Trukikaitis_Postimees, lk 46
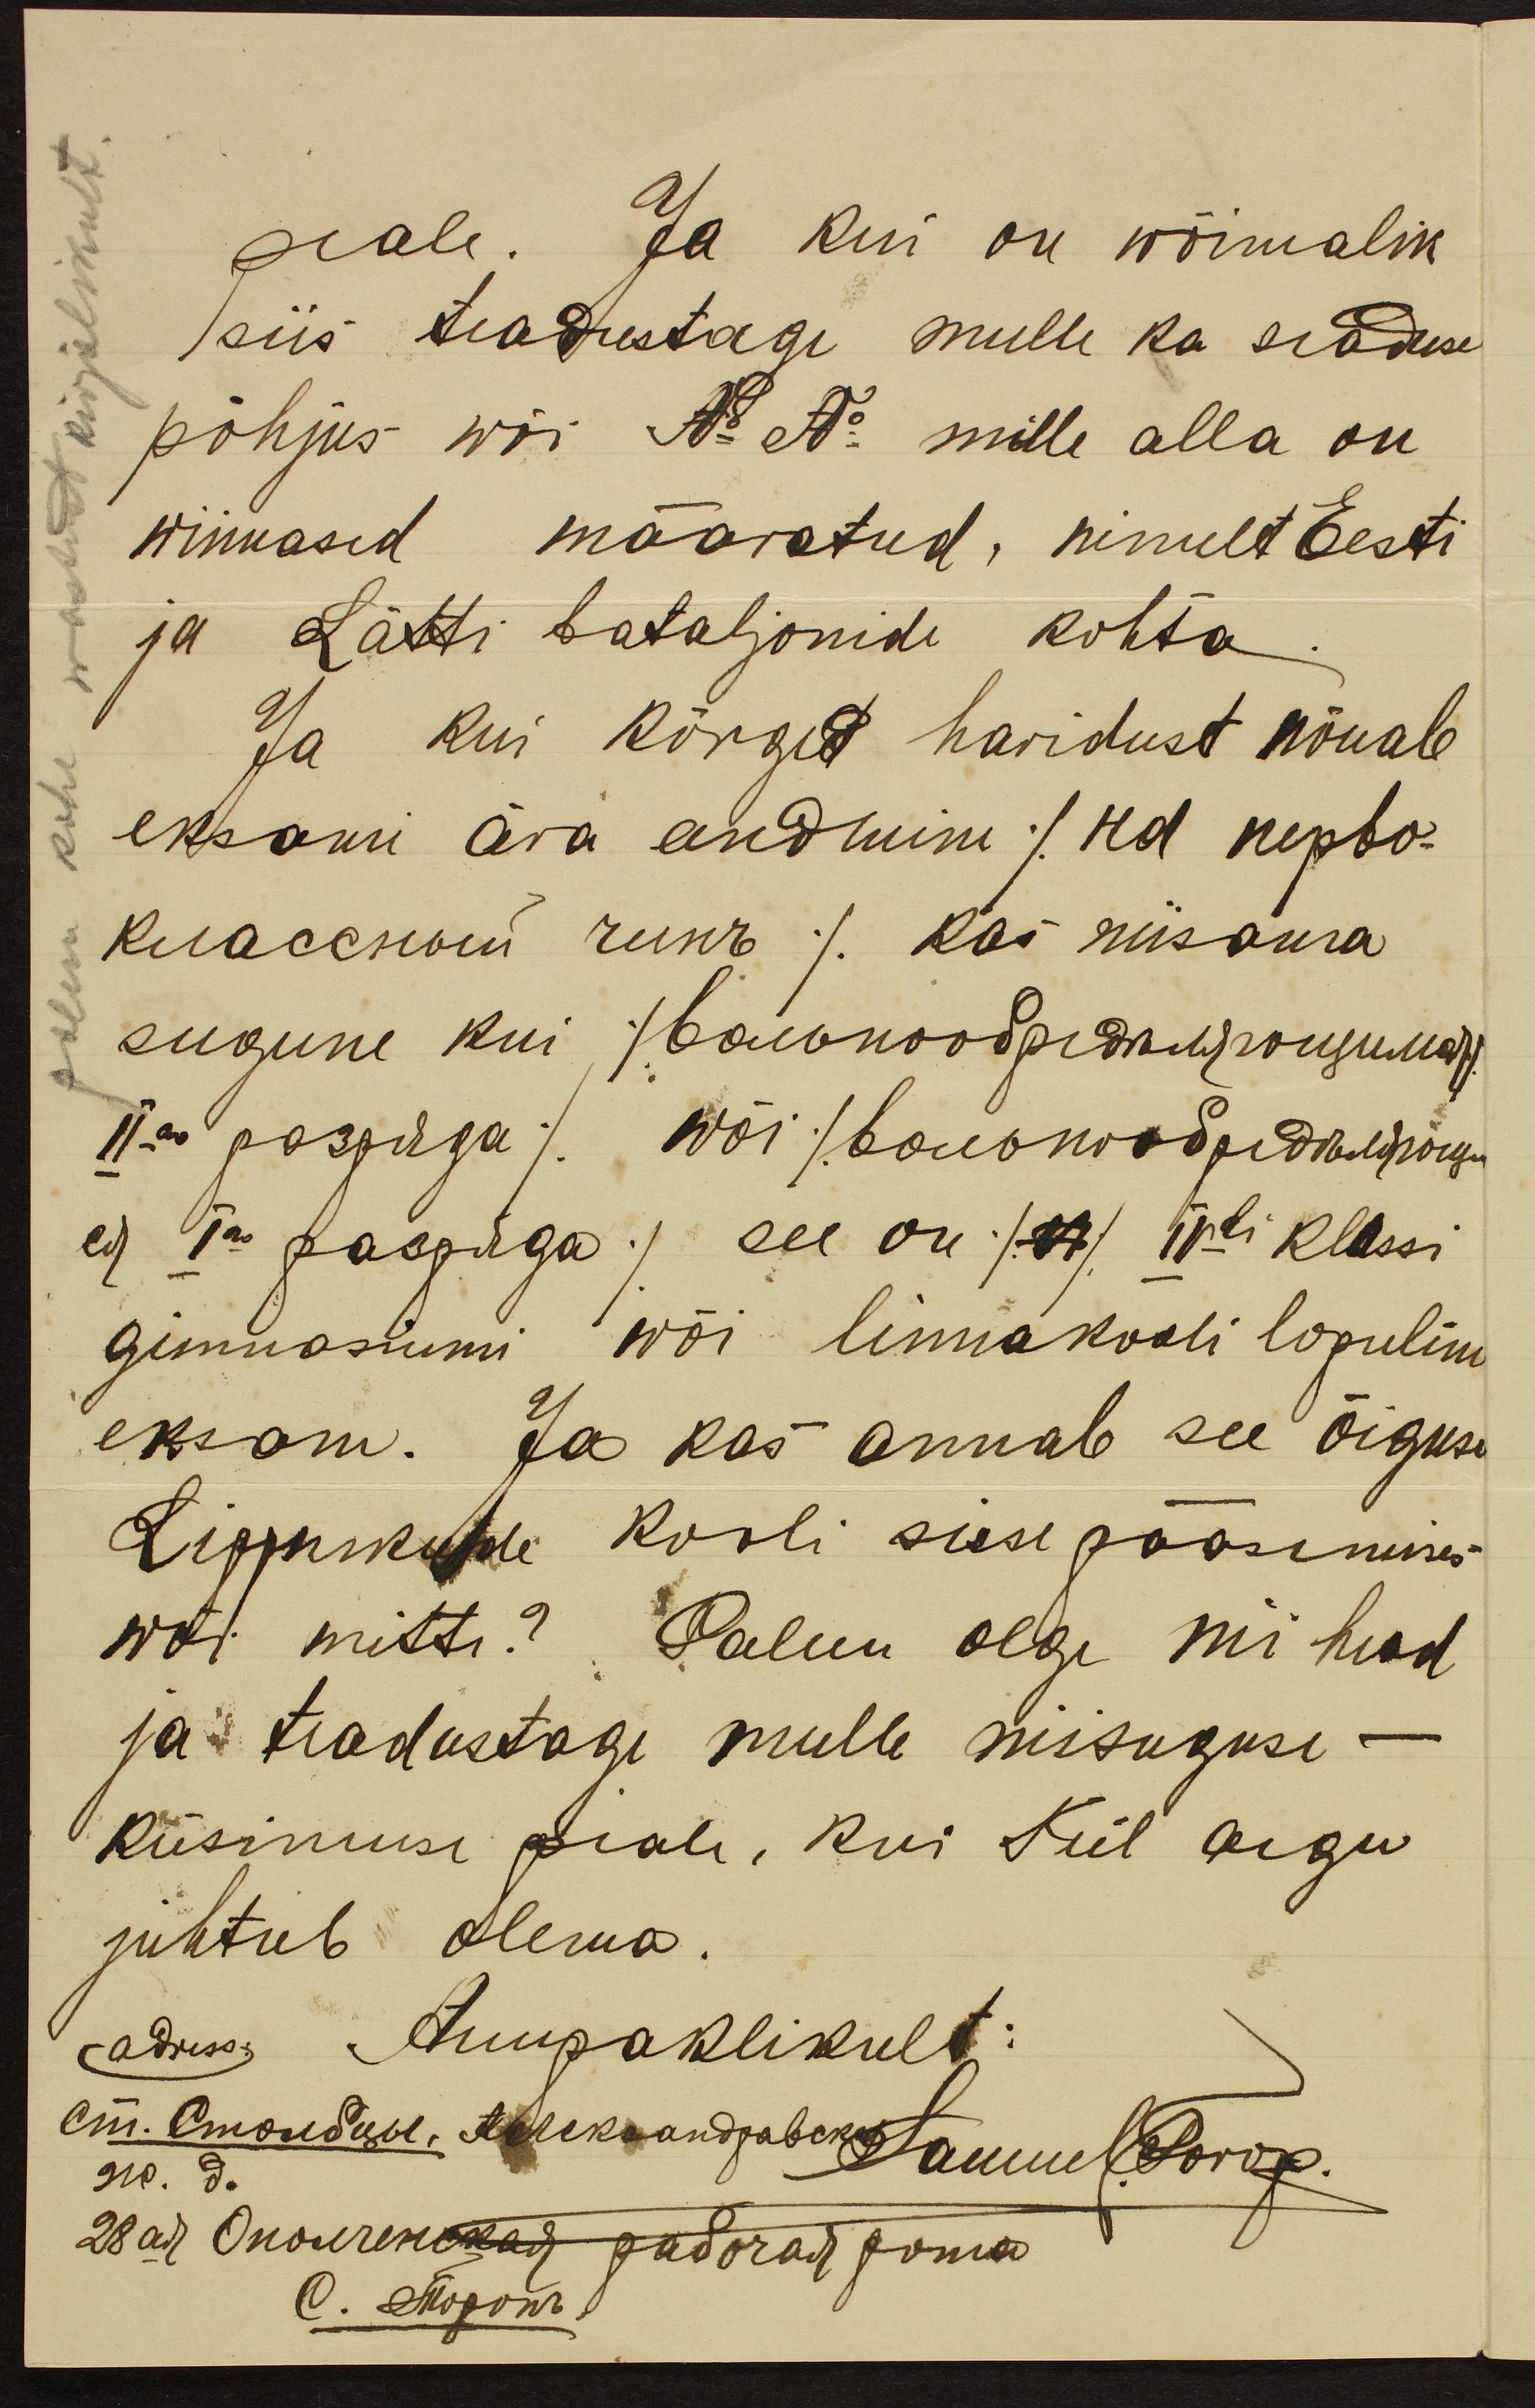
peale. Ja kui on wõimalik
siis teadustage mulle ka seaduse
põhjus wõi No. No. mille alla on
wiimased määratud, nimelt Eesti
ja Lätti bataljonide kohta
Ja kui kõrged haridust nõuab
eksami ära andmine / hd kepbo-
Киассстой чинъ/ Kas niisama
sugune kui (вольногодеделуъ поизия)
IIa розрца/ Wõi /вольнодрелунонъ
e) Ta Laspuga.) see on /N) IV klassi
gimnasiumi wõi linnakooli lopuline
eksam. Ja kas annab see õiguse
Lippnikude kooli sisse pääsemises
wõi mitte? Palun olge nii head
ja teadustage mulle missuguse
küsimuse peale, kui Teil aegu
juhtub olema.
-adress, Auupaklikult:
Samuel Torop.